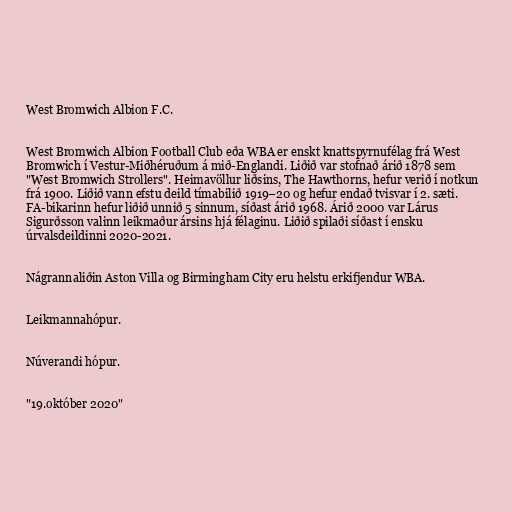
West Bromwich Albion F.C.

West Bromwich Albion Football Club eða WBA er enskt knattspyrnufélag frá West
Bromwich í Vestur-Miðhéruðum á mið-Englandi. Liðið var stofnað árið 1878 sem
"West Bromwich Strollers". Heimavöllur liðsins, The Hawthorns, hefur verið í notkun
frá 1900. Liðið vann efstu deild tímabilið 1919–20 og hefur endað tvisvar í 2. sæti.
FA-bikarinn hefur liðið unnið 5 sinnum, síðast árið 1968. Árið 2000 var Lárus
Sigurðsson valinn leikmaður ársins hjá félaginu. Liðið spilaði síðast í ensku
úrvalsdeildinni 2020-2021.

Nágrannaliðin Aston Villa og Birmingham City eru helstu erkifjendur WBA.

Leikmannahópur.

Núverandi hópur.

"19.október 2020"